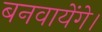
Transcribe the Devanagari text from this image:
बनवायेंगे।